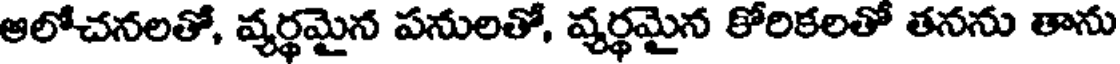
ఆలోచనలతో, వ్యర్థమైన పనులతో, వ్యర్థమైన కోరికలతో తనను తాను